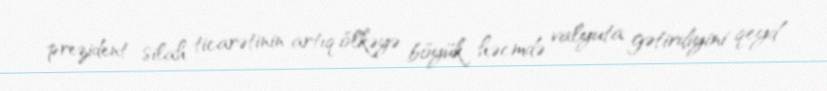
prezident silah ticarətinin artıq ölkəyə böyük həcmdə valyuta gətirdiyini qeyd